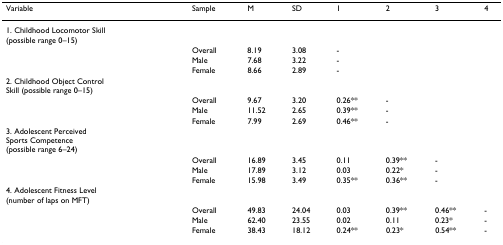
| Variable | Sample | M | SD | 1 | 2 | 3 | 4 |
 | --- | --- | --- | --- | --- | --- | --- | --- |
 | 1. Childhood Locomotor Skill (possible range 0–15) | <COLSPAN=7>  |
 |  | Overall | 8.19 | 3.08 | - |  |  |  |
 |  | Male | 7.68 | 3.22 | - |  |  |  |
 |  | Female | 8.66 | 2.89 | - |  |  |  |
 | 2. Childhood Object Control Skill (possible range 0–15) | <COLSPAN=7>  |
 |  | Overall | 9.67 | 3.20 | 0.26** | - |  |  |
 |  | Male | 11.52 | 2.65 | 0.39** | - |  |  |
 |  | Female | 7.99 | 2.69 | 0.46** | - |  |  |
 | 3. Adolescent PerceivedSports Competence(possible range 6–24) | <COLSPAN=7>  |
 |  | Overall | 16.89 | 3.45 | 0.11 | 0.39** | - |  |
 |  | Male | 17.89 | 3.12 | 0.03 | 0.22* | - |  |
 |  | Female | 15.98 | 3.49 | 0.35** | 0.36** | - |  |
 | 4. Adolescent Fitness Level (number of laps on MFT) | <COLSPAN=7>  |
 |  | Overall | 49.83 | 24.04 | 0.03 | 0.39** | 0.46** | - |
 |  | Male | 62.40 | 23.55 | 0.02 | 0.11 | 0.23* | - |
 |  | Female | 38.43 | 18.12 | 0.24** | 0.23* | 0.54** | - |